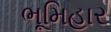
ભૂમિહાર